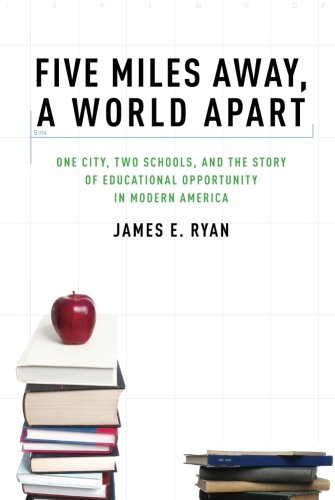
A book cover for Five Miles Away, A World Apart: One City, Two Schools, and the Story of Educational Opportunity in Modern America; James E. Ryan; Law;